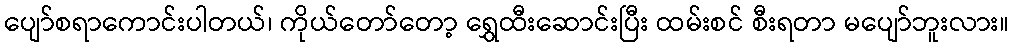
ပျော်စရာကောင်းပါတယ်၊ ကိုယ်တော်တော့ ရွှေထီးဆောင်းပြီး ထမ်းစင် စီးရတာ မပျော်ဘူးလား။